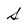
Character: S